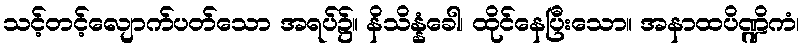
သင့်တင့်လျောက်ပတ်သော အရပ်၌။ နိသိန္နံခေါ၊ ထိုင်နေပြီးသော။ အနာထပိဏ္ဍိကံ၊